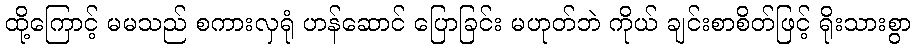
ထို့ကြောင့် မမသည် စကားလှရုံ ဟန်ဆောင် ပြောခြင်း မဟုတ်ဘဲ ကိုယ် ချင်းစာစိတ်ဖြင့် ရိုးသားစွာ